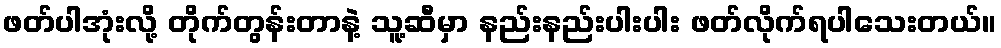
ဖတ်ပါအုံးလို့ တိုက်တွန်းတာနဲ့ သူ့ဆီမှာ နည်းနည်းပါးပါး ဖတ်လိုက်ရပါသေးတယ်။